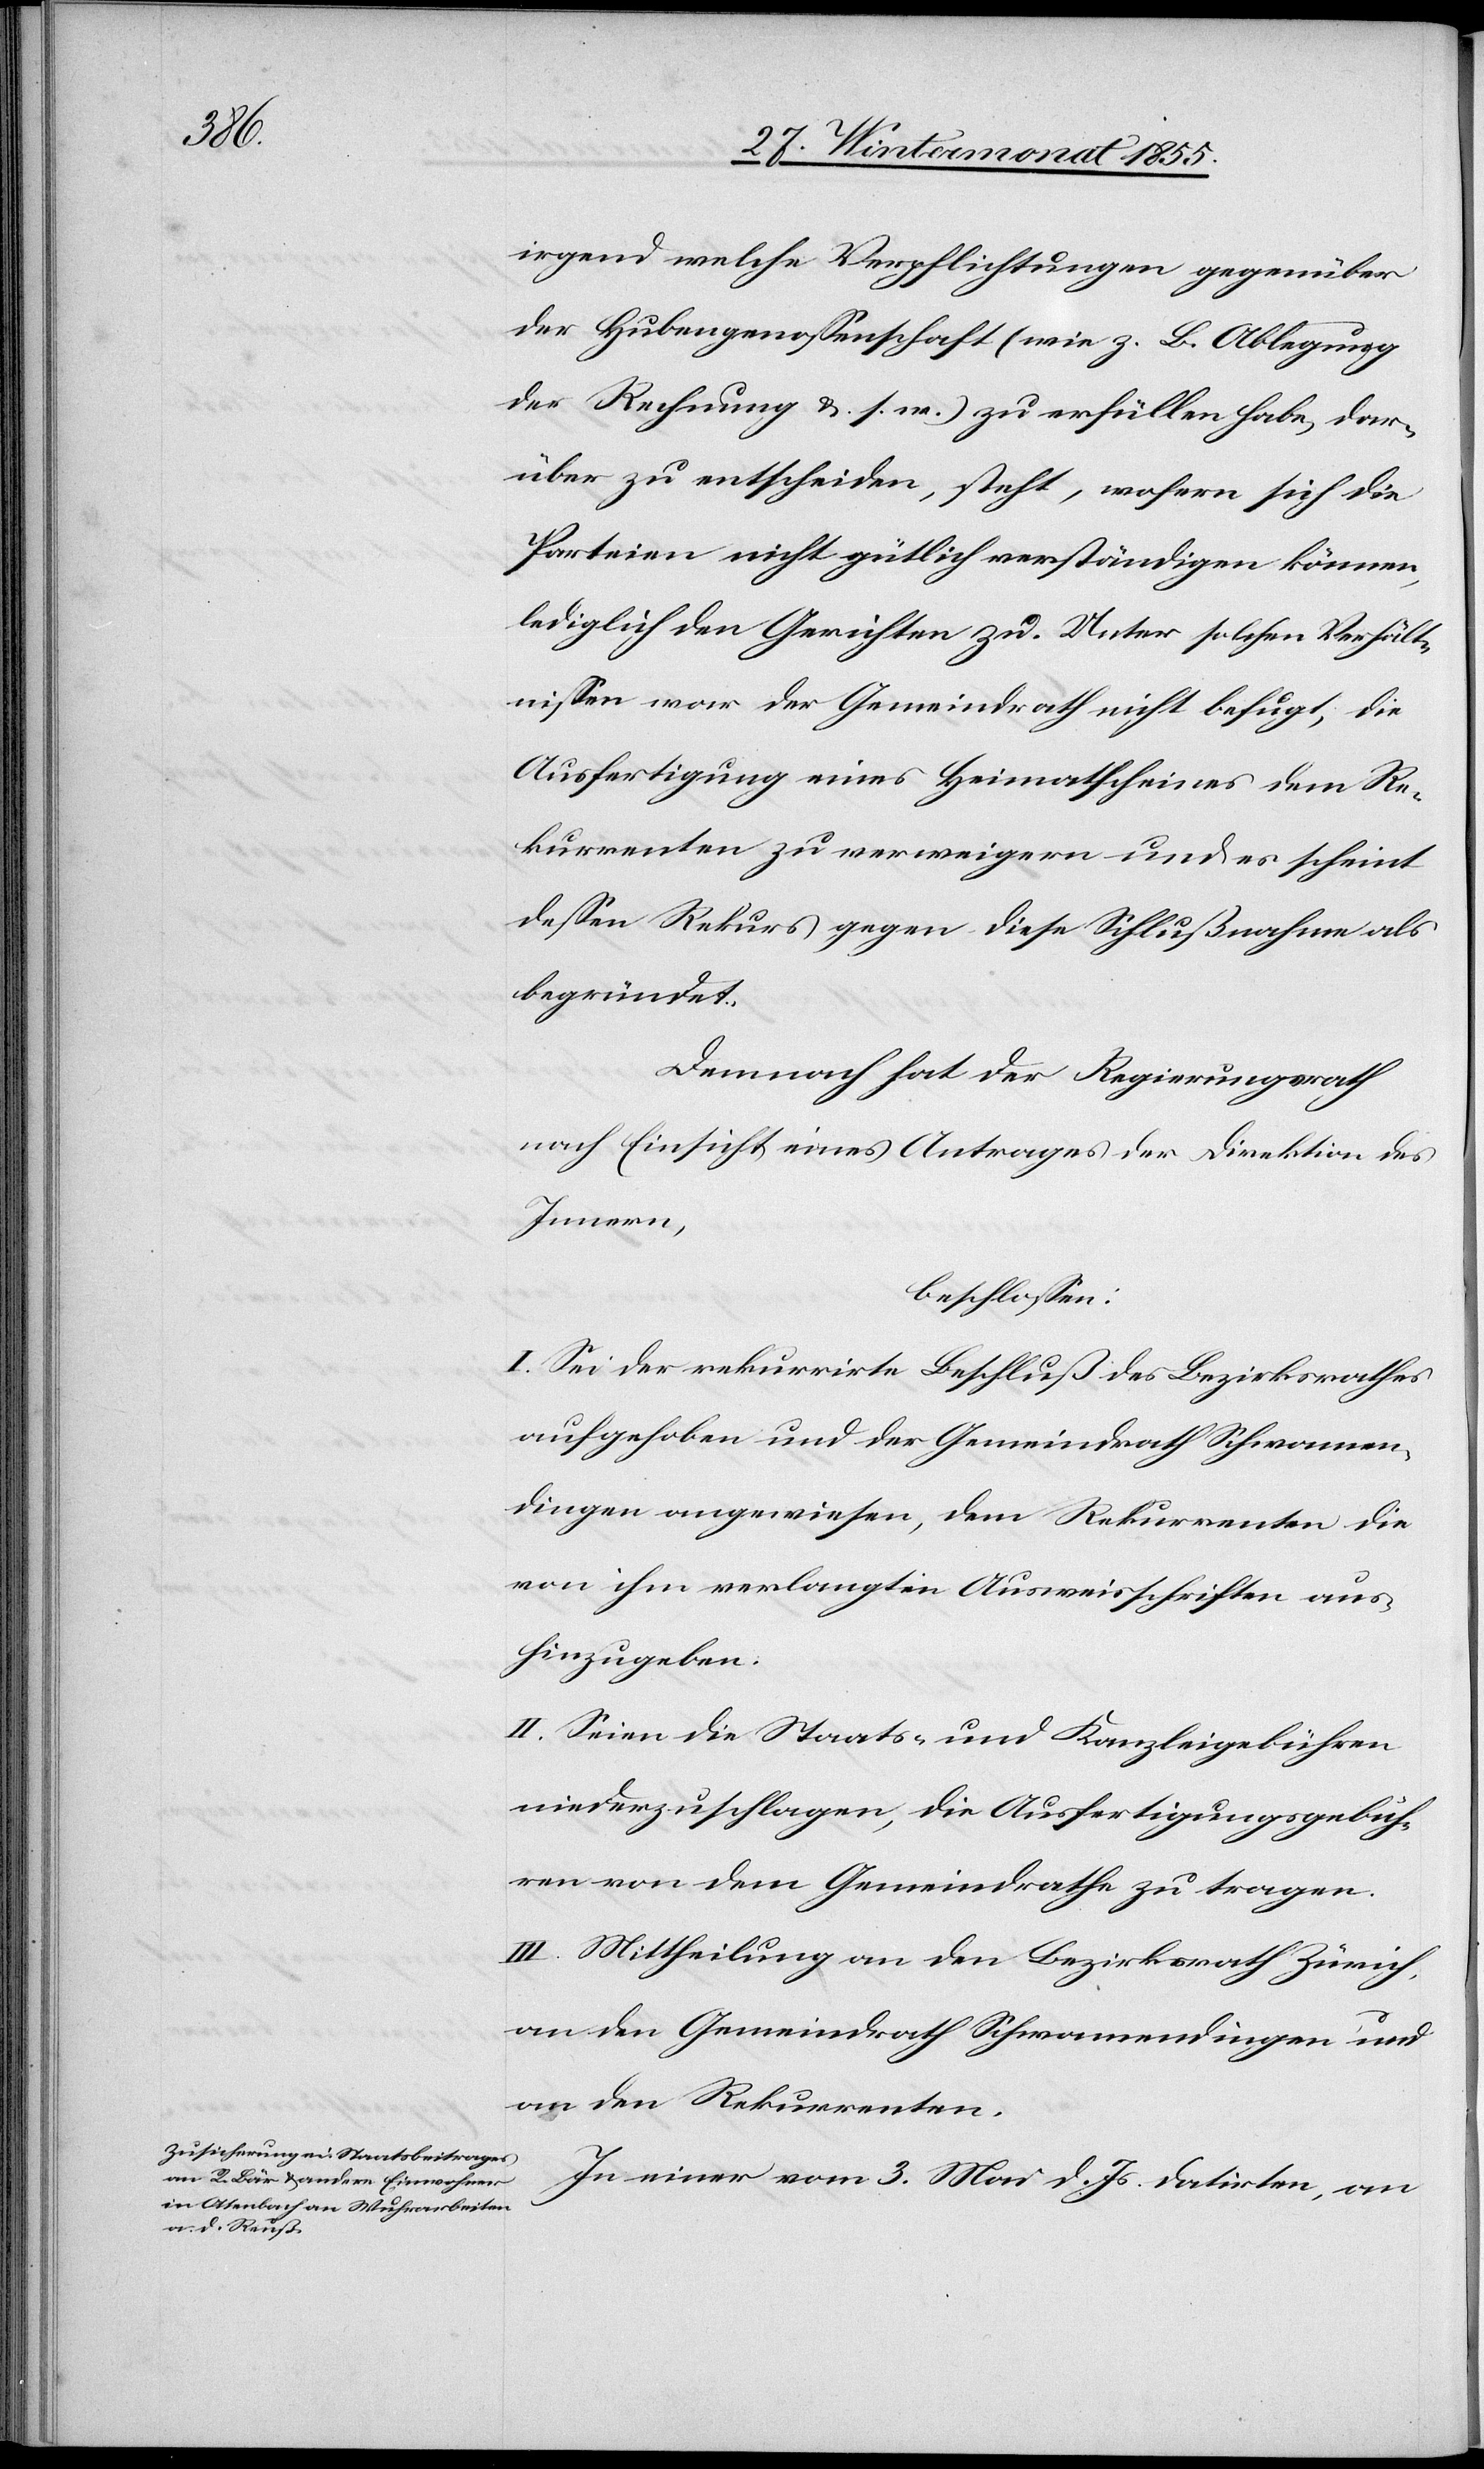
irgend welche Verpflichtungen gegenüber
der Hubengenossenschaft (wie z. B. Ablegung
der Rechnung &. s. w.) zu erfüllen habe, dar¬
über zu entscheiden, steht, wofern sich die
Parteien nicht gütlich verständigen können,
lediglich den Gerichten zu. Unter solchen Verhält¬
nissen war der Gemeindrath nicht befugt, die
Ausfertigung eines Heimatscheines dem Re¬
kurrenten zu verweigern und es scheint
dessen Rekurs gegen diese Schlußnahme als
begründet.
Demnach hat der Regierungsrath
nach Einsicht eines Antrages der Direktion des
Innern,
beschlossen:
I. Sei der rekurrirte Beschluß des Bezirksrathes
aufgehoben und der Gemeindrath Schwamen¬
dingen angewiesen, dem Rekurrenten die
von ihm verlangten Ausweisschriften aus¬
hinzugeben.
II. Seien die Staats- und Kanzleigebühren
niederzuschlagen, die Ausfertigungsgebüh¬
ren von dem Gemeindrathe zu tragen.
III. Mittheilung an den Bezirksrath Zürich,
an den Gemeindrath Schwamendingen und
an den Rekurrenten.
In einer vom 3. Mai d. Js. datirten, an